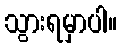
သွားရမှာပါ။